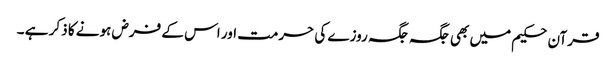
قرآن حکیم میں بھی جگہ جگہ روزے کی حرمت اور اس کے فرض ہونے کا ذکر ہے ۔